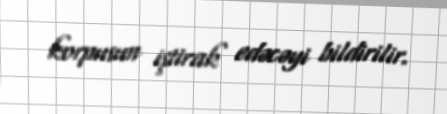
korpusun iştirak edəcəyi bildirilir.